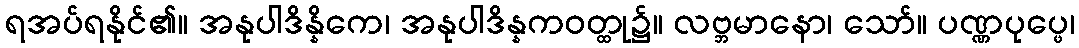
ရအပ်ရနိုင်၏။ အနုပါဒိန္နိကေ၊ အနုပါဒိန္နကဝတ္ထု၌။ လဗ္ဘမာနော၊ သော်။ ပဏ္ဏပုပ္ဖေ၊